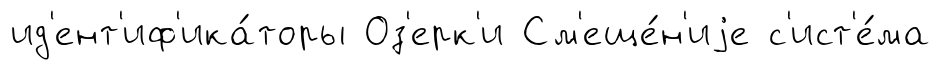
ид'ент'иф'ика́торы Оз'ерк'и См'еще́н'иjе с'ист'е́ма